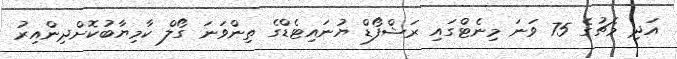
އަދި މެޗުގެ 75 ވަނަ މިނެޓްގައި ރަޝްފޯޑް ޔުނައިޓެޑްގެ ތިންވަނަ ގޯލް ކާމިޔާބުކޮށްދިންއިރު